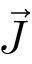
\vec { J }